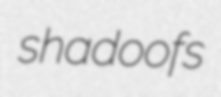
shadoofs